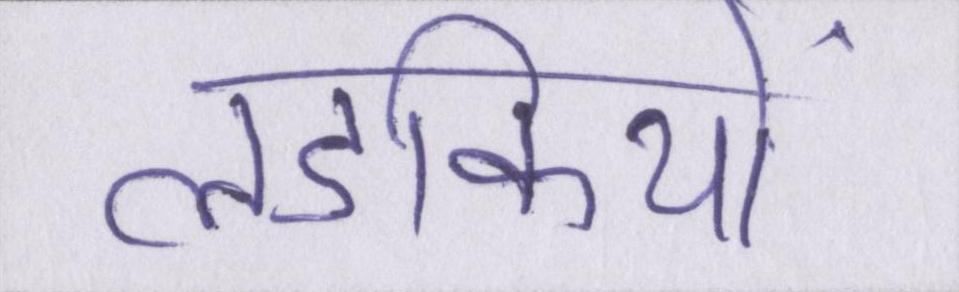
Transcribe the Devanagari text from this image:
लडकियों